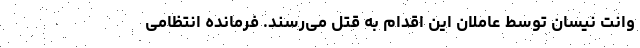
وانت نیسان توسط عاملان این اقدام به قتل می‌رسند. فرمانده انتظامی